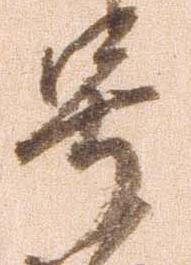
号